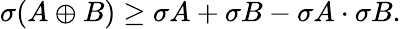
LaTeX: \sigma(A\oplus B)\geq\sigma A+\sigma B-\sigma A\cdot\sigma B.